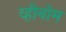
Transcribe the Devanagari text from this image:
व्हीनोम